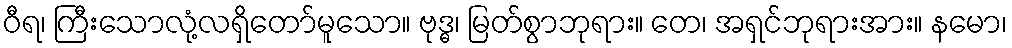
ဝီရ၊ ကြီးသောလုံ့လရှိတော်မူသော။ ဗုဒ္ဓ၊ မြတ်စွာဘုရား။ တေ၊ အရှင်ဘုရားအား။ နမော၊